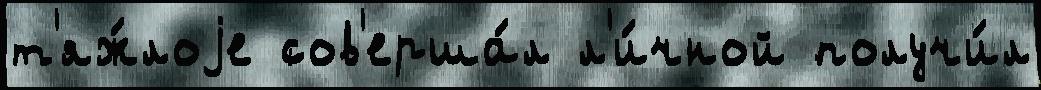
т'яж́лоjе сов'ерша́л л'и́чной получи́л